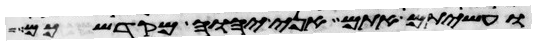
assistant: ועשיתם אתם אני יהוה מקדשכם